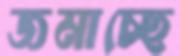
জমাচ্ছে